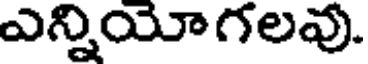
ఎన్నియోగలవు.